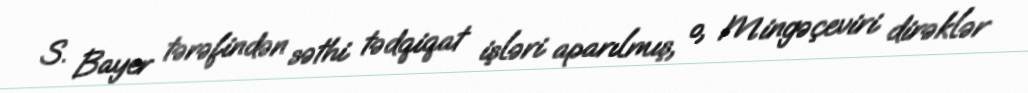
S. Bayer tərəfindən səthi tədqiqat işləri aparılmış, o, Mingəçeviri dirəklər